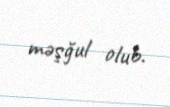
məşğul olub.